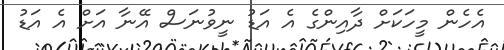
އެހެން މީހަކަށް ދާއިންގެ އެ އަޑު ނީވުނަސް އޭނާ އަށް އެ އަޑު